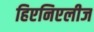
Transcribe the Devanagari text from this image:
हिएनिएलीज